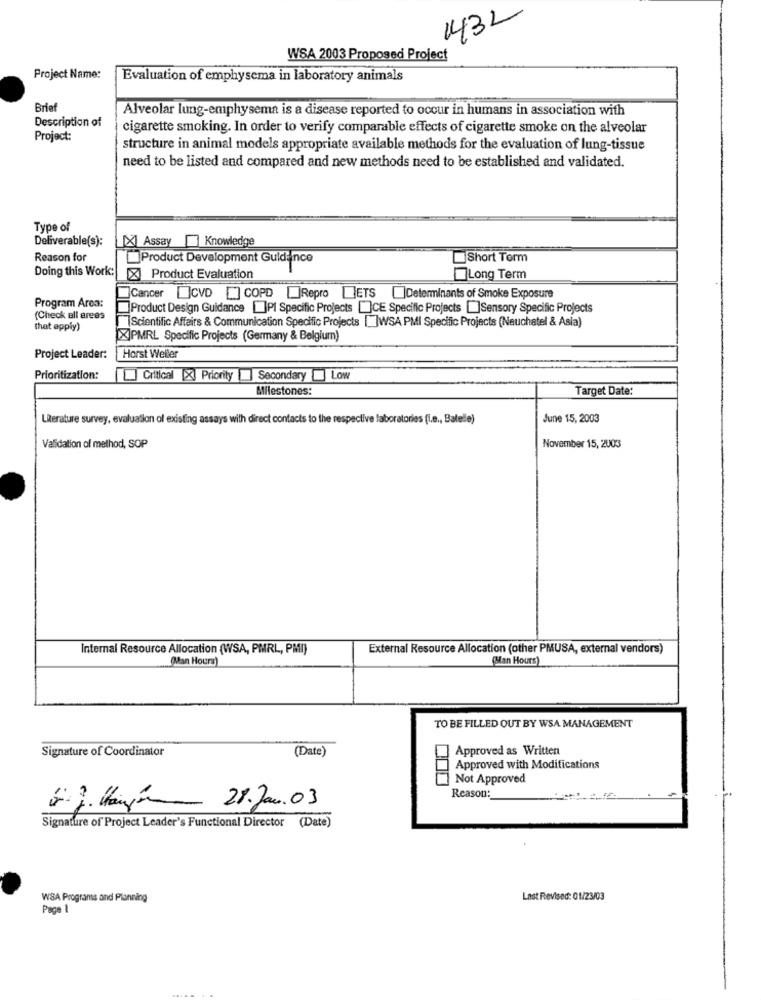
1432
WSA 2003 Proposed Project
Project Name:
Evaluation of emphysema in laboratory animals
Brief
Alveolar lung-emphysema is a disease reported to occur in humans in association with
Description of
cigarette smoking. In order to verify comparable effects of cigarette smoke on the alveolar
Project:
structure in animal models appropriate available methods for the evaluation of lung-tissue
need to be listed and compared and new methods need to be established and validated.
Type of
Deliverable(s):
[X] Assay
Knowledge
Reason for
Product Development Guidance
Short Term
Doing this Work:
X Product Evaluation
Long Term
Cancer []CVD [] COPD Repro LETS ]Determinants of Smoke Exposure
Program Area:
Product Design Guidance []PI Specific Projects []CE Specific Projects []Sensory Specific Projects
(Check all arees
Scientific Affairs & Communication Specific Projects [ ]WSA PMI Specific Projects (Neuchatel & Asia)
that apply)
XIPMRL Specific Projects (Germany & Belgium)
Project Leader:
Horst Weller
Prioritization:
Critical [X] Priority SecondaryLow
Milestones:
Target Date:
LRerature survey, evaluation of existing assays with direct contacts to the respective laboratories (i.e ., Batelle)
June 15, 2003
Validation of method, SOP
November 15, 2003
Internal Resource Allocation (WSA, PMRL, PMI)
External Resource Allocation (other PMUSA, external vendors)
(Man Hours)
[Man Hours)
TO BE FILLED OUT BY WSA MANAGEMENT
Signature of Coordinator
(Date)
Approved as Written
Approved with Modifications
Not Approved
15
Reason:
28.Jan.03
Signature of Project Leader's Functional Director (Date)
WSA Programs and Planning
Last Revised: 01/23/03
Page 1